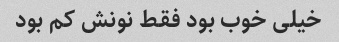
خیلی خوب بود فقط نونش کم بود